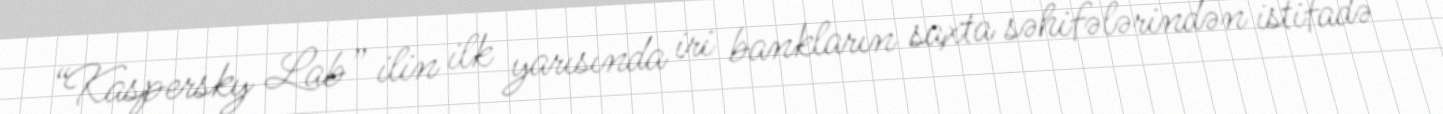
“Kaspersky Lab” ilin ilk yarısında iri bankların saxta səhifələrindən istifadə